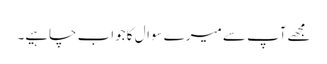
مجھےآپ سے میرے سوال کا جواب چاہیے۔